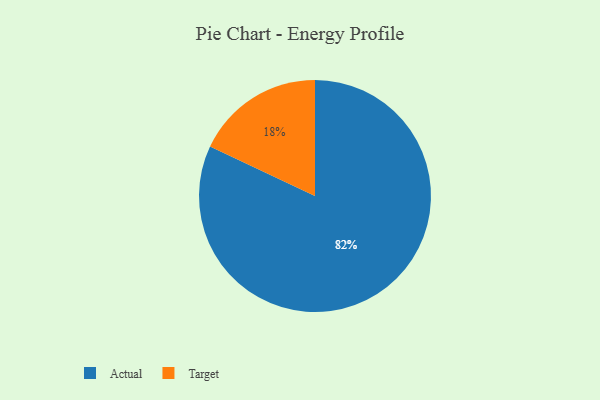
{"axis": {"x": "Category", "y": "Percentage"}, "legend": ["Actual", "Target"], "data": [{"x": "Target", "y": 18, "type": "Target"}, {"x": "Actual", "y": 82, "type": "Actual"}]}